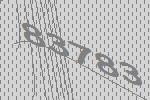
83783